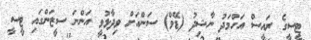
ޓީސީގެ ރައީސް އަހްމަދު ނާޝިދު (ޑޭވް) ސަންއަށް ވިދާޅުވީ އަންނަ ސީޒަންގައި ޓީސީ